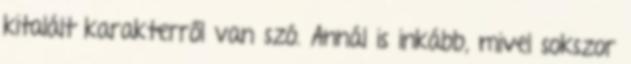
kitalált karakterről van szó. Annál is inkább, mivel sokszor